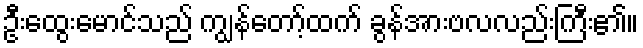
ဦးထွေးမောင်သည် ကျွန်တော့်ထက် ခွန်အားဗလလည်းကြီး၏။